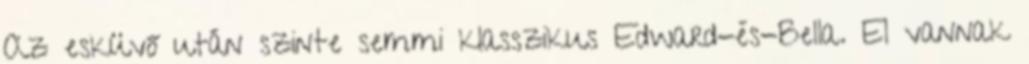
Az esküvő után szinte semmi klasszikus Edward-és-Bella. El vannak